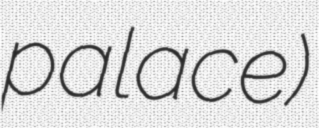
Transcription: palace)